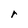
Character: r